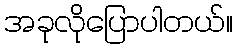
အခုလိုပြောပါတယ်။